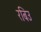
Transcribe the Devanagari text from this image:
रबिउ